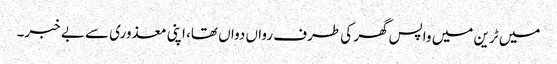
میں ٹرین میں واپس گھر کی طرف رواں دواں تھا، اپنی معذوری سے بے خبر۔